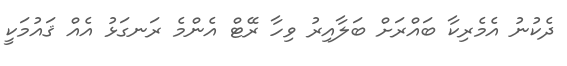
ދެކުނު އެމެރިކާ ބައްރަށް ބަލާއިރު ވިހާ ރޭޓް އެންމެ ރަނގަޅު އެއް ޤައުމަކީ